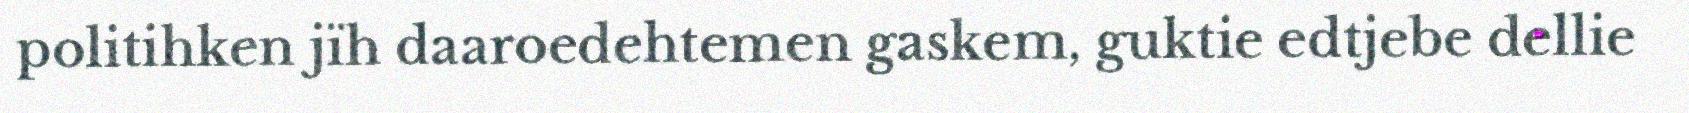
politihken jïh daaroedehtemen gaskem, guktie edtjebe dellie